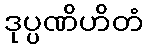
ဒုပ္ပဏိဟိတံ